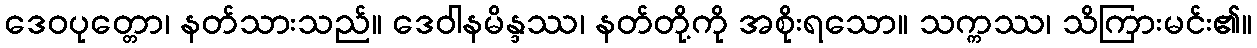
ဒေဝပုတ္တော၊ နတ်သားသည်။ ဒေဝါနမိန္ဒဿ၊ နတ်တို့ကို အစိုးရသော။ သက္ကဿ၊ သိကြားမင်း၏။